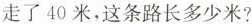
走了40米，这条路长多少米?